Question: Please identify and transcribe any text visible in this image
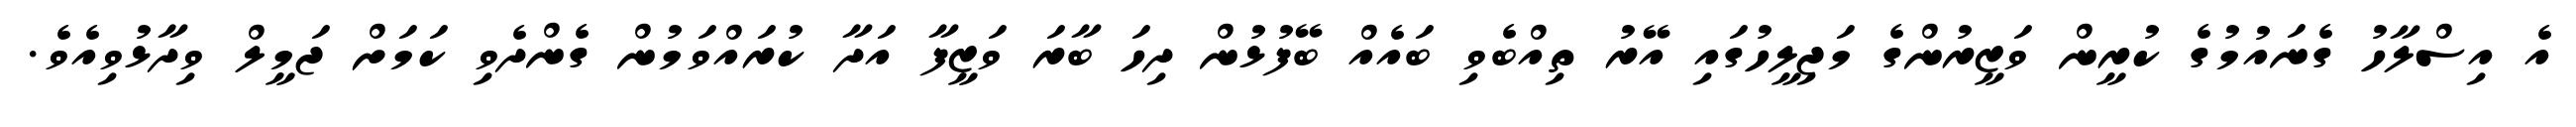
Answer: އެ އިސްލާހު ގެނައުމުގެ ކުރީން ވަޒީރުންގެ މަޖިލީހުގައި އޭރު ތިއްބެވި ބައެއް ބޭފުޅުން ދިހަ ބާރަ ވަޒީފާ އަދާ ކުރައްވަމުން ގެންދެވި ކަމަށް ޖަމީލް ވިދާޅުވިއެވެ.